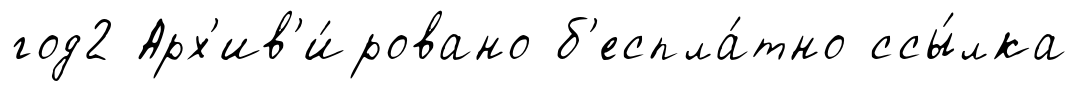
год2 Арх'ив'и́ровано б'еспла́тно ссы́лка